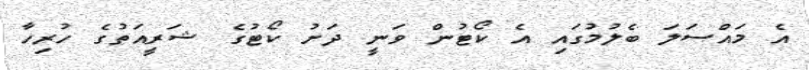
އެ މައްސަލަ ބެލުމުގައި އެ ކޯޓުން ވަނީ ދަށު ކޯޓުގެ ޝަރީއަތުގެ ހުރިހާ